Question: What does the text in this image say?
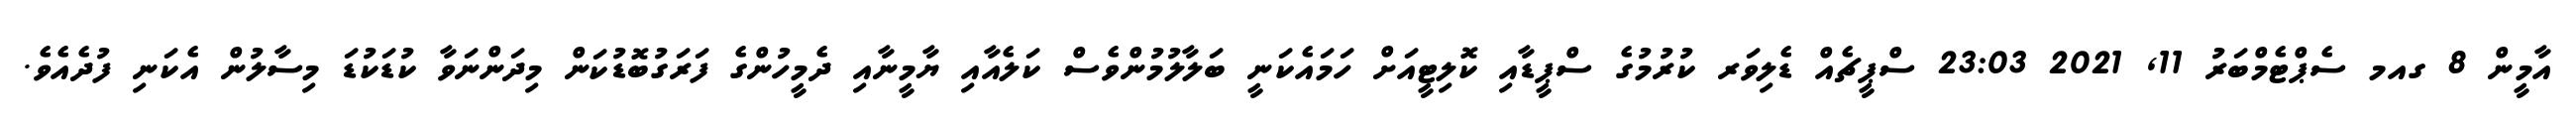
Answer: އާމީން 8 ގއމ ސެޕްޓެމްބަރު 11, 2021 23:03 ސްޕީޗެއް ޑެލިވަރ ކުރުމުގެ ސްޕީޑާއި ކޮލިޓީއަށް ހަމައެކަނީ ބަލާލުމުންވެސް ކަލެއާއި ޔާމީނާއި ދެމީހުންގެ ފަރަގުބޮޑުކަން މިދަންނަވާ ކުޑަކުޑަ މިސާލުން އެކަނި ފުދެއެވެ.